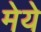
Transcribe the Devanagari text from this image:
मेये